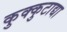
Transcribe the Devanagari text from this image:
कुक्कुटाद्या